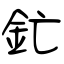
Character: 釯